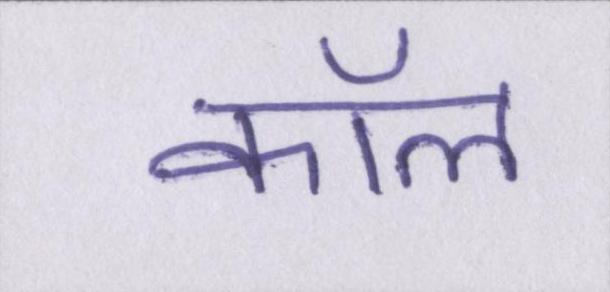
कॉल